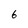
Character: 6